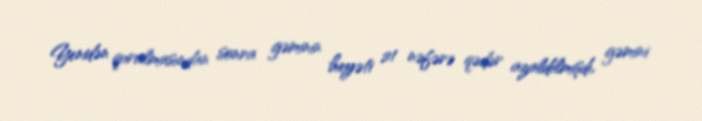
Yenidən qurulmasından sonra gəminin heyəti 21 nəfərə qədər azaldılmışdı, gəmini